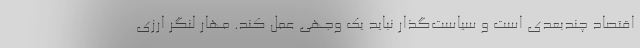
اقتصاد چندبعدی است و سیاست‌گذار نباید یک وجهی عمل کند. مهار لنگر ارزی